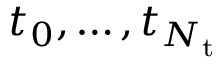
t _ { 0 } , \ldots , t _ { N _ { \mathrm { t } } }